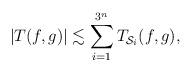
LaTeX: \begin{align*}|T(f,g)|\lesssim\sum_{i=1}^{3^n} T_{\mathcal{S}_i}(f,g),\end{align*}